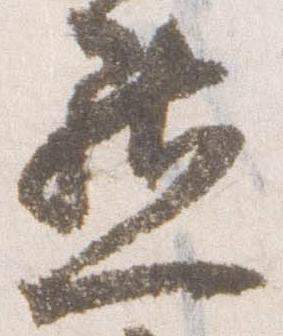
点